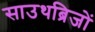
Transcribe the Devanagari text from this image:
साउथब्रिजों